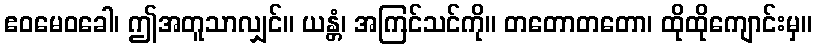
ဧဝမေဝခေါ၊ ဤအတူသာလျှင်။ ယန္တံ၊ အကြင်သင်ကို။ တတောတတော၊ ထိုထိုကျောင်းမှ။